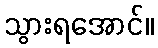
သွားရအောင်။